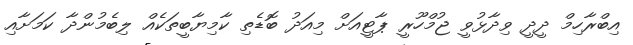
އިބްރާހިމް ދީދީ ވިދާޅުވީ ޖުމްހޫރީ ޕާޓީއަށް މިއަދު ބޮޑެތި ކާމިޔާބީތަކެއް ލިބެމުންދާ ކަމަށާއި